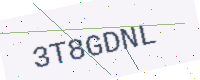
Text: 3T8GDNL